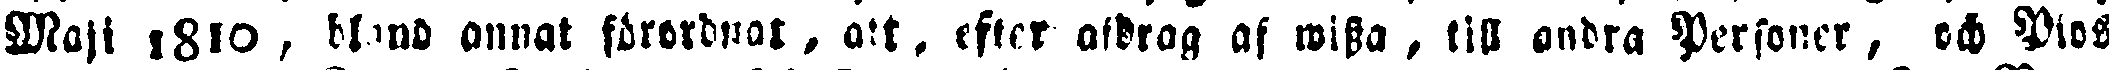
Maji 1810 , bland annat förordnar, att, efter afdrag af wissa, till andra Personer, och Dios